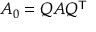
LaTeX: A _ { 0 } = Q A Q ^ { \mathsf { T } }